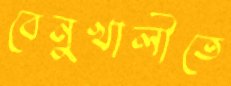
বেনুখালীতে